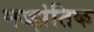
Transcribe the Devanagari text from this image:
मज्झंतिक